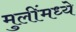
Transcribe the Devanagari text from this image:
मुलींमध्ये